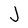
Character: J